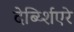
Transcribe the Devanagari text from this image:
देर्ब्य्शिएरे